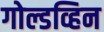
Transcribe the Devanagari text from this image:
गोल्डव्हिन